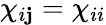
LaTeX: \chi_{i\mathbf{j}}=\chi_{ii}